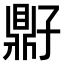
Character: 𫜠